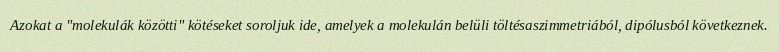
Azokat a "molekulák közötti" kötéseket soroljuk ide, amelyek a molekulán belüli töltésaszimmetriából, dipólusból következnek.